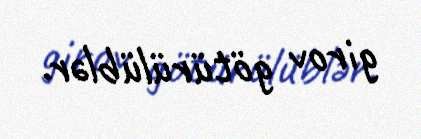
girov götürülüblər.